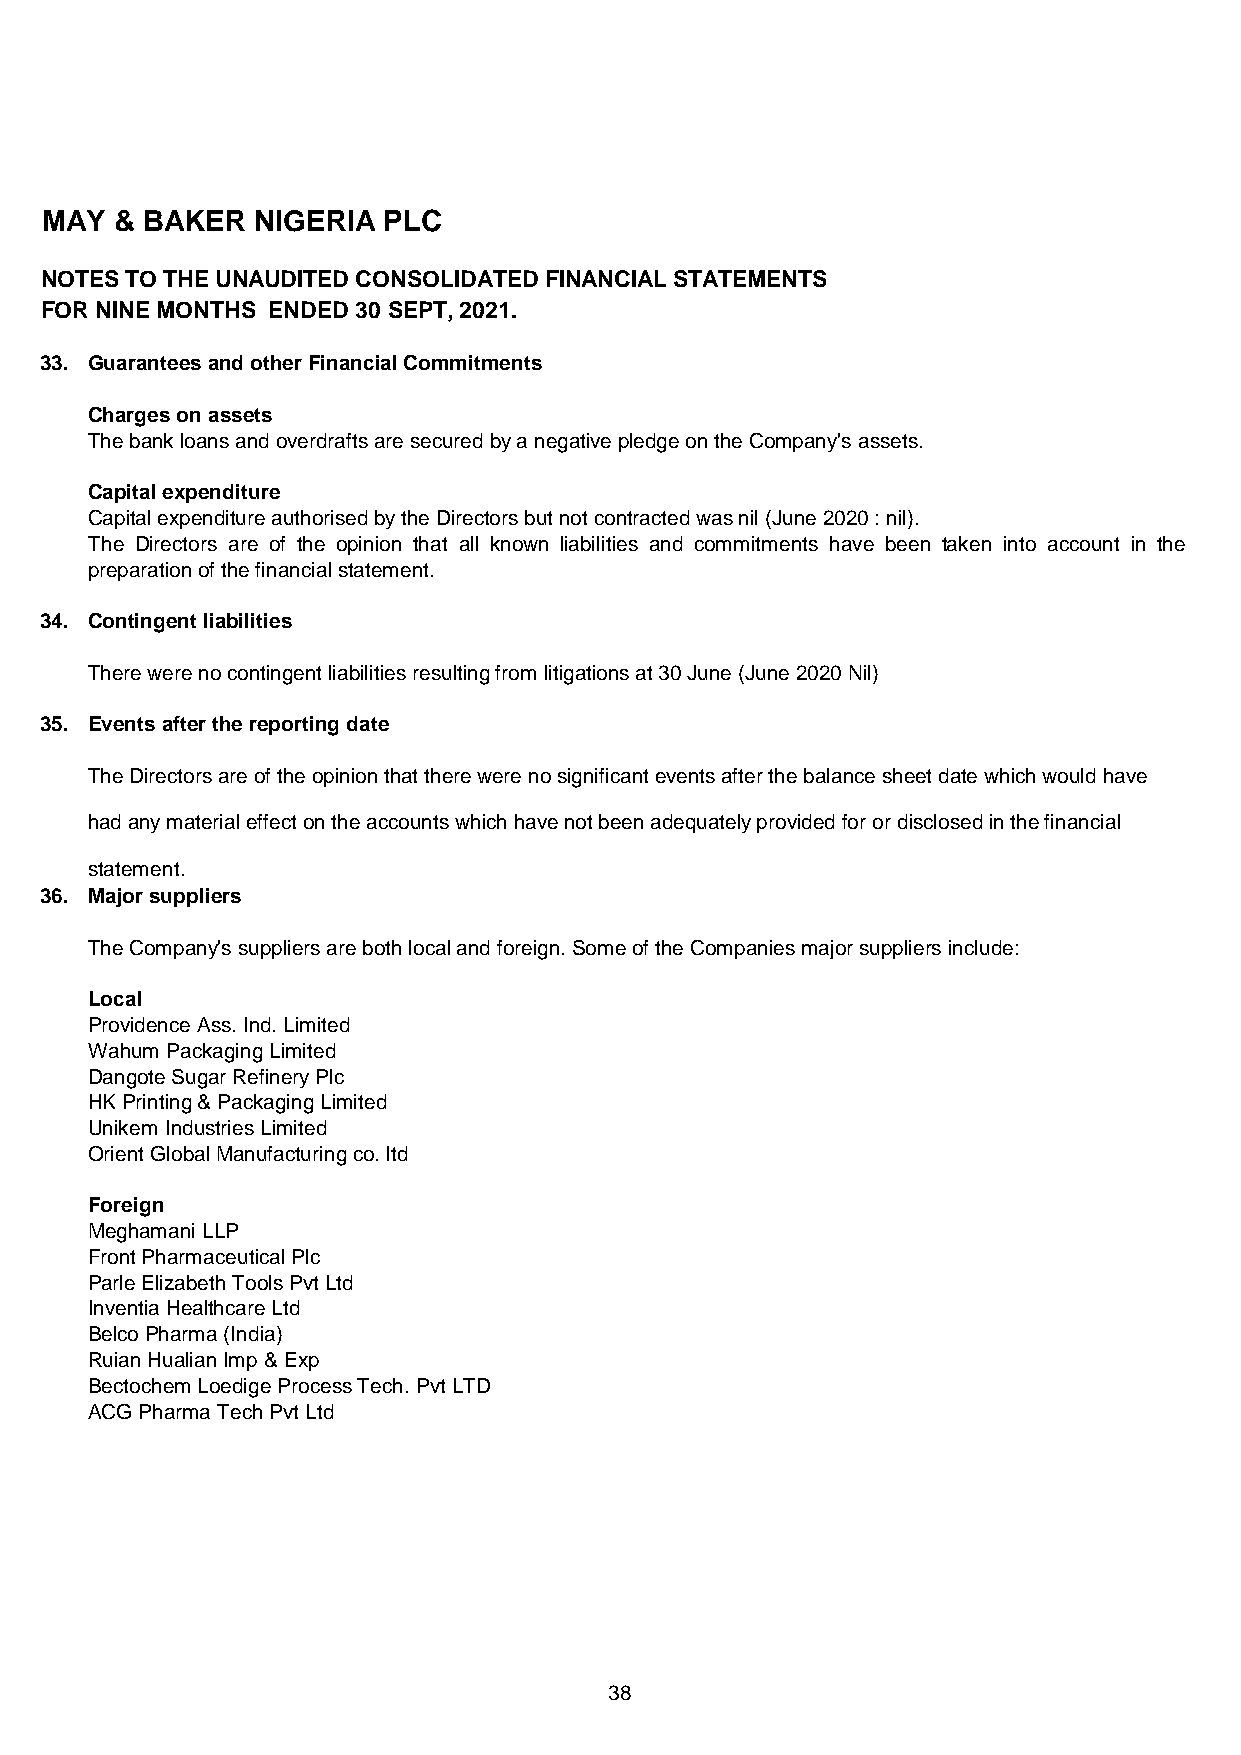
MAY  & BAKER  NIGERIA PLC
 NOTES TO THE UNAUDITED CONSOLIDATED FINANCIAL STATEMENTS
 FOR NINE MONTHS ENDED 30 SEPT, 2021.
 33. Guarantees and other Financial Commitments
 Charges on assets
 The bank loans and overdrafts are secured by a negative pledge on the Company's assets.
 Capital expenditure
 Capital expenditure authorised by the Directors but not contracted was nil (June 2020 : nil).
 The Directors are of the opinion that all known liabilities and commitments have been taken into account in the
 preparation of the financial statement.
 34. Contingent liabilities
 There were no contingent liabilities resulting from litigations at 30 June (June 2020 Nil)
 35. Events after the reporting date
 The Directors are of the opinion that there were no significant events after the balance sheet date which would have
 had any material effect on the accounts which have not been adequately provided for or disclosed in the financial
 statement.
 36. Major suppliers
 The Company's suppliers are both local and foreign. Some of the Companies major suppliers include:
 Local
 Providence Ass. Ind. Limited
 Wahum Packaging Limited
 Dangote Sugar Refinery Plc
 HK Printing & Packaging Limited
 Unikem Industries Limited
 Orient Global Manufacturing co. ltd
 Foreign
 Meghamani LLP
 Front Pharmaceutical Plc
 Parle Elizabeth Tools Pvt Ltd
 Inventia Healthcare Ltd
 Belco Pharma (India)
 Ruian Hualian Imp & Exp
 Bectochem Loedige Process Tech. Pvt LTD
 ACG Pharma Tech Pvt Ltd
 38